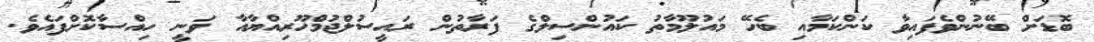
ބޮޑަށް ބޭނުންވެފައިވާ ކަންކަމާއި ބެހޭ މައުލޫމާތު ކައުންސިލްގެ ފަރާތުން ރައީސުލްޖުމްހޫރިއްޔާއާ ވަނީ ހިއްސާކޮށްފައެވެ.